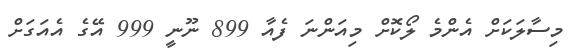
މިސާލަކަށް އެންމެ ލޯކޮށް މިއަންނަ ފެއާ 899 ނޫނީ 999 އޭގެ އެއަގަށް